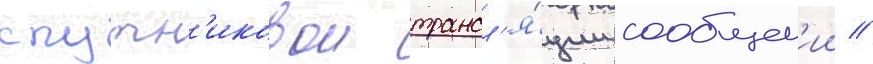
спутн'иковои трансл'я́ции сообщен'ии //